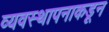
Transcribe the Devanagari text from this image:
व्यवस्थापनाकडून